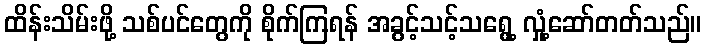
ထိန်းသိမ်းဖို့ သစ်ပင်တွေကို စိုက်ကြရန် အခွင့်သင့်သရွေ့ လှုံ့ဆော်တတ်သည်။